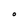
Character: O